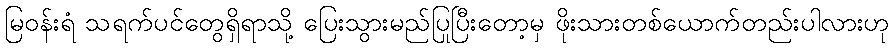
မြဝန်းရံ သရက်ပင်တွေရှိရာသို့ ပြေးသွားမည်ပြုပြီးတော့မှ ဖိုးသားတစ်ယောက်တည်းပါလားဟု